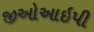
જીઓઆઇપી